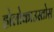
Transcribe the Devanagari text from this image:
होलोकाउस्तोस